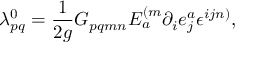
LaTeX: \lambda _ { p q } ^ { 0 } = \frac { 1 } { 2 g } G _ { p q m n } E _ { a } ^ { ( m } \partial _ { i } e _ { j } ^ { a } \epsilon ^ { i j n ) } ,